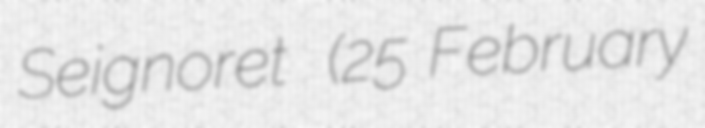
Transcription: Seignoret  (25 February